Report of an investigation into the causes of the diseases known in Assam as Kála-Azár and Beri-Beri
Disease focus: Beri-Beri
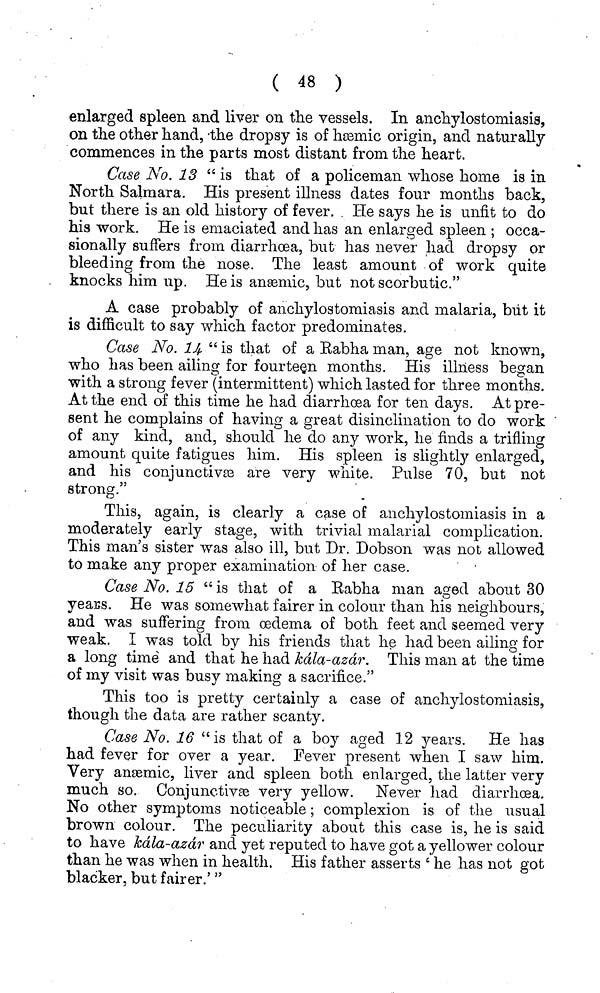
( 48 )
enlarged spleen and liver on the vessels. In anchylostomiasis,
on the other hand, the dropsy is of hæmic origin, and naturally
commences in the parts most distant from the heart.
Case No. 13 "is that of a policeman whose home is in
North Salmara. His present illness dates four months back,
but there is an old history of fever. He says he is unfit to do
his work. He is emaciated and has an enlarged spleen ; occa-
sionally suffers from diarrhoea, but has never had dropsy or
bleeding from the nose. The least amount of work quite
knocks him up. He is anæmic, but not scorbutic."
A case probably of anchylostomiasis and malaria, but it
is difficult to say which factor predominates.
Case No. 14 " is that of a Eabha man, age not known,
who has been ailing for fourteen months. His illness began
with a strong fever (intermittent) which lasted for three months.
At the end of this time he had diarrhœa for ten days. At pre-
sent he complains of having a great disinclination to do work
of any kind, and, should he do any work, he finds a trifling
amount quite fatigues him. His spleen is slightly enlarged,
and his conjunctivæ are very white. Pulse 70, but not
strong."
This, again, is clearly a case of anchylostomiasis in a
moderately early stage, with trivial malarial complication.
This man's sister was also ill, but Dr. Dobson was not allowed
to make any proper examination of her case.
Case No. 15 " is that of a Eabha man aged about 30
years. He was somewhat fairer in colour than his neighbours,
and was suffering from oedema of both feet and seemed very
weak. I was told by his friends that he had been ailing for
a long timé and that he had kála-azár. This man at the time
of my visit was busy making a sacrifice."
This too is pretty certainly a case of anchylostomiasis,
though the data are rather scanty.
Case No. 16 "is that of a boy aged 12 years. He has
had fever for over a year. Fever present when I saw him.
Very anæmic, liver and spleen both enlarged, the latter very
much so. Conjunctivae very yellow. Never had diarrhoea.
No other symptoms noticeable; complexion is of the usual
brown colour. The peculiarity about this case is, he is said
to have kála-azár and yet reputed to have got a yellower colour
than he was when in health. His father asserts ' he has not got
blacker, but fairer.'"